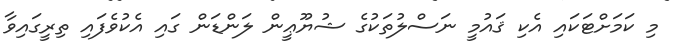
މި ކަމަށްޓަކައި އެކި ޤައުމީ ނަސްލުތަކުގެ ޝުޔޫޢީން ލަންޑަން ގައި އެކުވެފައި ތިރީގައިވާ